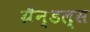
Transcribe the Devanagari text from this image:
ग्रैन्डल्स